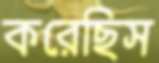
করেছিস